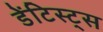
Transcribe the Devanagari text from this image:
डेंटिस्ट्स